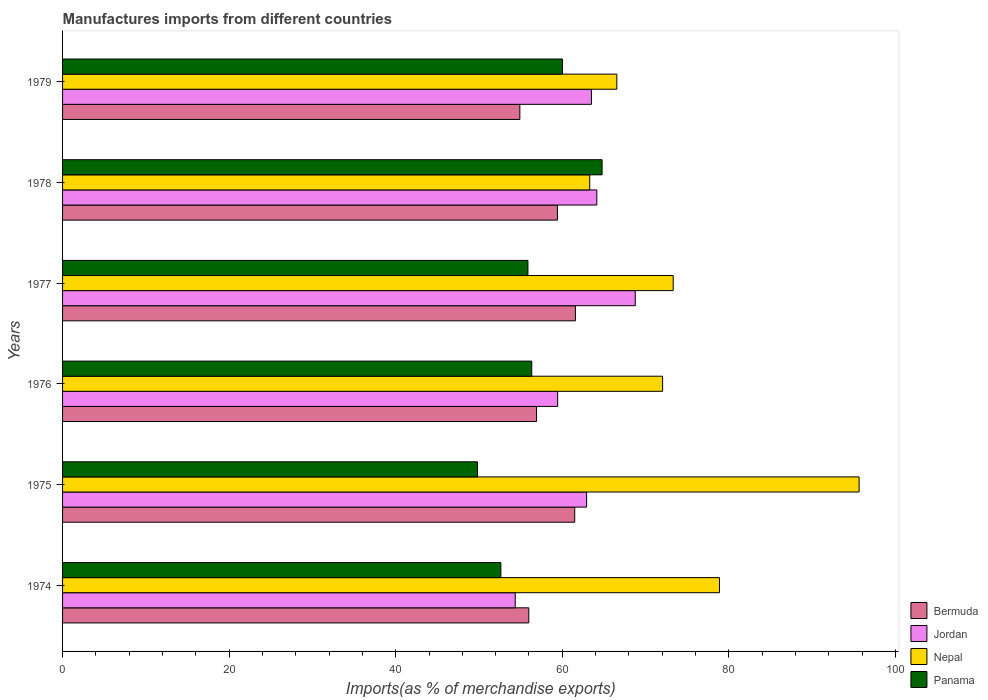
| Years | Bermuda | Jordan | Nepal | Panama |
 | --- | --- | --- | --- | --- |
 | 1974 | 56 | 54.4 | 78.9 | 52.6 |
 | 1975 | 61.5 | 62.9 | 95.6 | 49.8 |
 | 1976 | 56.9 | 59.4 | 72 | 56.3 |
 | 1977 | 61.6 | 68.8 | 73.3 | 55.9 |
 | 1978 | 59.4 | 64.1 | 63.3 | 64.8 |
 | 1979 | 54.9 | 63.5 | 66.6 | 60 |